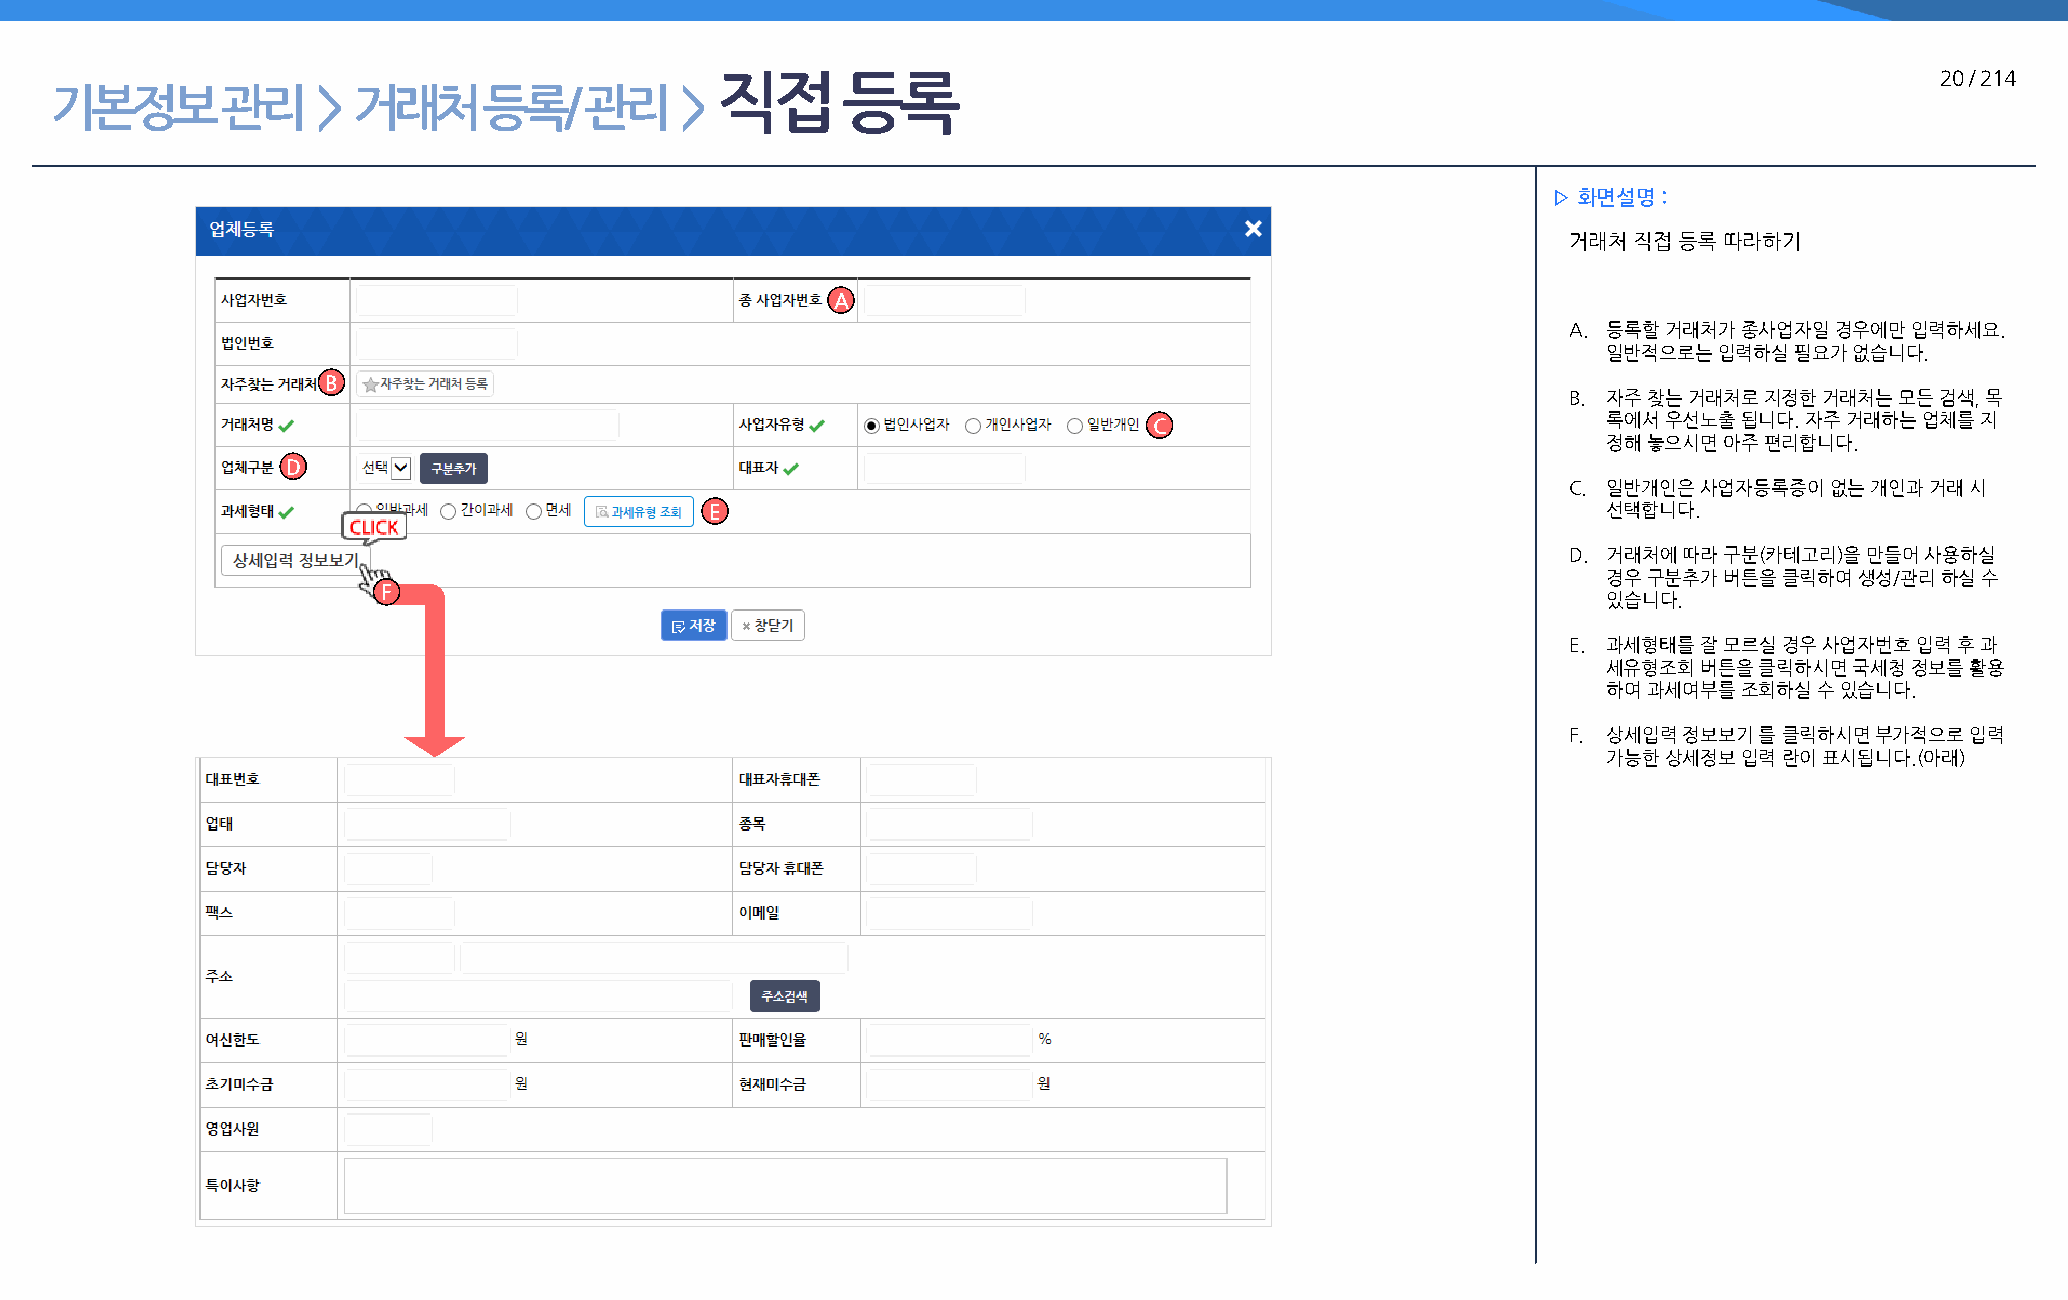
직접       등록                                                                      20 / 214
 기본정보        관리    > 거래처      등록/    관리    >
 ▷ 화면설명 :
 거래처 직접 등록 따라하기
 A
 A. 등록할 거래처가 종사업자일 경우에만 입력하세요.
 일반적으로는  입력하실 필요가 없습니다.
 B
 B. 자주 찾는 거래처로 지정한 거래처는 모든 검색, 목
 C                             록에서 우선노출 됩니다. 자주 거래하는 업체를 지
 정해 놓으시면 아주 편리합니다.
 D
 C. 일반개인은 사업자등록증이 없는 개인과 거래 시
 E                                                          선택합니다.
 D. 거래처에 따라 구분(카테고리)을 만들어 사용하실
 경우 구분추가 버튼을 클릭하여 생성/관리 하실 수
 F
 있습니다.
 E. 과세형태를 잘 모르실 경우 사업자번호 입력 후 과
 세유형조회  버튼을 클릭하시면 국세청 정보를 활용
 하여 과세여부를 조회하실 수 있습니다.
 F. 상세입력 정보보기 를 클릭하시면 부가적으로 입력
 가능한 상세정보 입력 란이 표시됩니다.(아래)